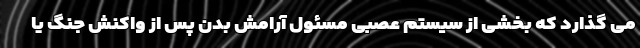
می گذارد که بخشی از سیستم عصبی مسئول آرامش بدن پس از واکنش جنگ یا